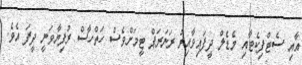
އާއި ސެޓްފިކެޓާއި މެޑެލް ދީފައިވާއިރު ރަނަރަޕް ޓީމަށްވެސް ހަތްހާސް ރުފިޔާވަނީ ދީފަ އެވެ.